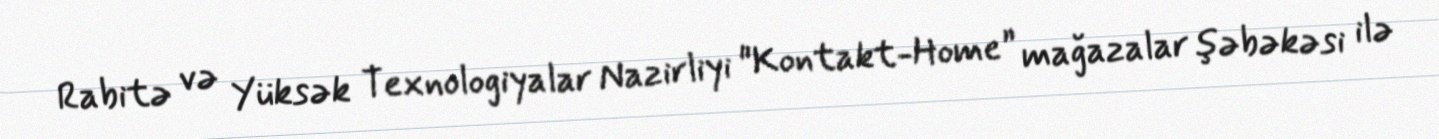
Rabitə və Yüksək Texnologiyalar Nazirliyi "Kontakt-Home” mağazalar şəbəkəsi ilə